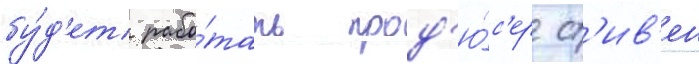
бу́д'ет рабо́тать прод'ю́с'ер ст'ив'ен